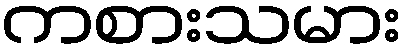
ကစားသမား